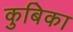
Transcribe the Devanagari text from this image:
कुबिका